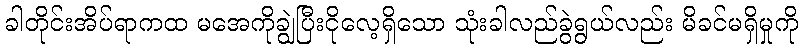
ခါတိုင်းအိပ်ရာကထ မအေကိုချွဲပြီးငိုလေ့ရှိသော သုံးခါလည်ခွဲရွယ်လည်း မိခင်မရှိမှုကို